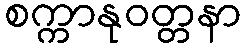
စက္ကာနုဝတ္တနာ